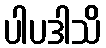
ပါပဒါသိ